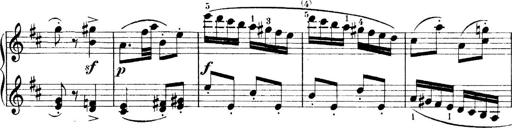
Title: 4 Sonatines
Composer: Max Reger